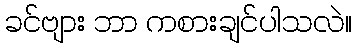
ခင်ဗျား ဘာ ကစားချင်ပါသလဲ။